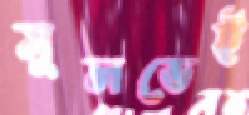
সুলভেই